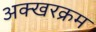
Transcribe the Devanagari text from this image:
अक्खरक्रम